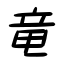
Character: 竜